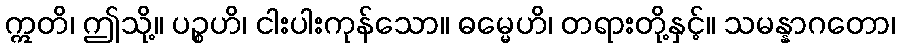
ဣတိ၊ ဤသို့။ ပဉ္စဟိ၊ ငါးပါးကုန်သော။ ဓမ္မေဟိ၊ တရားတို့နှင့်။ သမန္နာဂတော၊